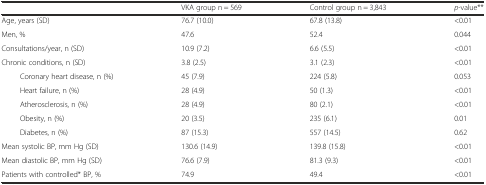
<table><thead><tr><td></td><td><b>VKA group n = 569</b></td><td><b>Control group n = 3,843</b></td><td><b><i>p</i>-value**</b></td></tr></thead><tbody><tr><td>Age, years (SD)</td><td>76.7 (10.0)</td><td>67.8 (13.8)</td><td>&lt;0.01</td></tr><tr><td>Men, %</td><td>47.6</td><td>52.4</td><td>0.044</td></tr><tr><td>Consultations/year, n (SD)</td><td>10.9 (7.2)</td><td>6.6 (5.5)</td><td>&lt;0.01</td></tr><tr><td>Chronic conditions, n (SD)</td><td>3.8 (2.5)</td><td>3.1 (2.3)</td><td>&lt;0.01</td></tr><tr><td>Coronary heart disease, n (%)</td><td>45 (7.9)</td><td>224 (5.8)</td><td>0.053</td></tr><tr><td>Heart failure, n (%)</td><td>28 (4.9)</td><td>50 (1.3)</td><td>&lt;0.01</td></tr><tr><td>Atherosclerosis, n (%)</td><td>28 (4.9)</td><td>80 (2.1)</td><td>&lt;0.01</td></tr><tr><td>Obesity, n (%)</td><td>20 (3.5)</td><td>235 (6.1)</td><td>0.01</td></tr><tr><td>Diabetes, n (%)</td><td>87 (15.3)</td><td>557 (14.5)</td><td>0.62</td></tr><tr><td>Mean systolic BP, mm Hg (SD)</td><td>130.6 (14.9)</td><td>139.8 (15.8)</td><td>&lt;0.01</td></tr><tr><td>Mean diastolic BP, mm Hg (SD)</td><td>76.6 (7.9)</td><td>81.3 (9.3)</td><td>&lt;0.01</td></tr><tr><td>Patients with controlled* BP, %</td><td>74.9</td><td>49.4</td><td>&lt;0.01</td></tr></tbody></table>